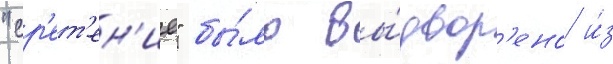
"ср'ет'ен'ие" бы́ло вы́двор'ено и́з